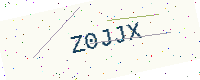
Text: Z0JJX